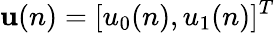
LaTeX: \mathbf{u}(n)=[u_{0}(n),u_{1}(n)]^{T}